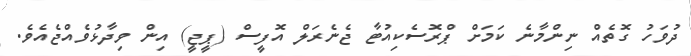
ދުވަހު ގޮތެއް ނިންމާނެ ކަމަށް ޕްރޮސެކިއުޓާ ޖެނެރަލް އޮފީސް (ޕީޖީ) އިން ވިދާޅުވެއްޖެއެވެ.